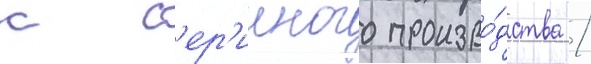
с с'ер'ииного произво́дства /